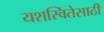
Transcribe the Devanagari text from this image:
यशस्वितेसाठी